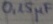
Text: 0,15µF